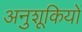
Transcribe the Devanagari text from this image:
अनुशूकियों